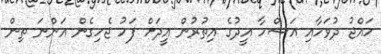
ހައްޖު ދުވަހާއި އަޟްހާ އީދުގެ އިތުރުން އީދަށް ފަހު ޖެހިގެން އަންނަ ތިން